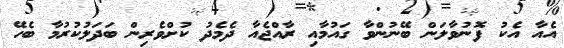
އެއާ އެކު ފޮނުވާލަން ބޭނުންވާ ގައުމާއި ރާއްޖެއާ ދެމެދު ކުށްވެރިން ބަދަލުކުރުމާ ބެހޭ